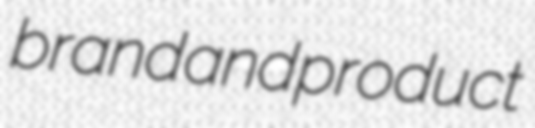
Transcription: brand and product